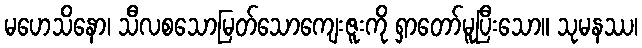
မဟေသိနော၊ သီလစသောမြတ်သောကျေးဇူးကို ရှာတော်မူပြီးသော။ သုမနဿ၊